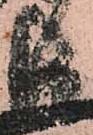
長